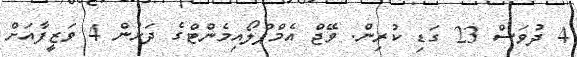
4 ދުވަސް 23 ގަޑި ކުރިން. ވޭޖް އެމްޕްލޯއިމެންޓްގެ ދަށުން 4 ވަޒީފާއަށް